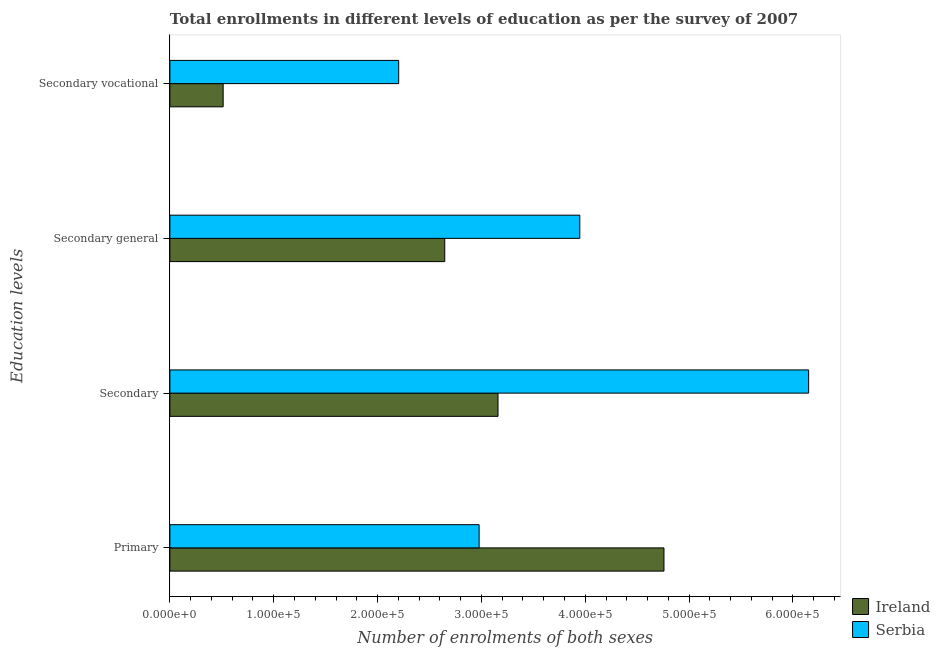
| Education levels | Ireland | Serbia |
 | --- | --- | --- |
 | Primary | 4.76e+05 | 2.98e+05 |
 | Secondary | 3.16e+05 | 6.15e+05 |
 | Secondary general | 2.65e+05 | 3.95e+05 |
 | Secondary vocational | 5.13e+04 | 2.2e+05 |